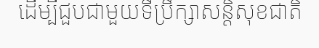
ដើម្បីជួបជាមួយទីប្រឹក្សាសន្តិសុខជាតិ